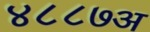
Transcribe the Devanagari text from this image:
४८८७अ